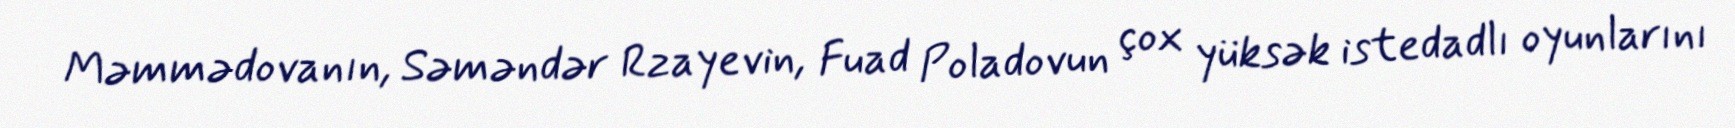
Məmmədovanın, Səməndər Rzayevin, Fuad Poladovun çox yüksək istedadlı oyunlarını